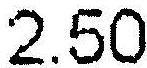
2.50